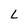
Character: L